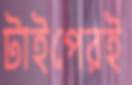
টাইপেরই